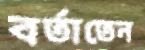
বর্তাতেন